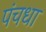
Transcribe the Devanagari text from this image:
पंचधा